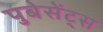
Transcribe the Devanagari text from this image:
पुबेसेंट्स